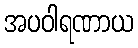
အပဝါရဏာယ